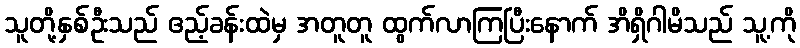
သူတို့နှစ်ဦးသည် ဧည့်ခန်းထဲမှ အတူတူ ထွက်လာကြပြီးနောက် အိရှိဂါမိသည် သူ့ကို